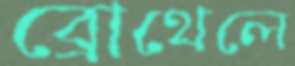
ব্রোথেলে